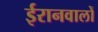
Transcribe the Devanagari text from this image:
ईरानवालों